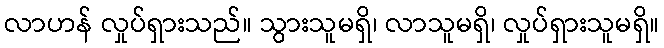
လာဟန် လှုပ်ရှားသည်။ သွားသူမရှိ၊ လာသူမရှိ၊ လှုပ်ရှားသူမရှိ။